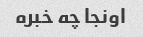
اونجا چه خبره